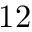
1 2